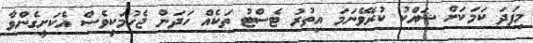
މިފަދަ ކަމަކަށް ޝައްކު ކުރެވޭނަމަ އިތުރު ޓެސްޓު ތަކެއް ހަދަން ޖެހުމަކީވެސް އެކަށީގެންވާ